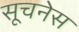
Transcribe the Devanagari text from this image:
सूचनेस